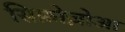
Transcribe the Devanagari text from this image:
सिफ़ोज़ोआ